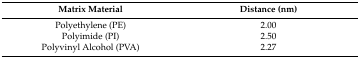
| Matrix Material | Distance (nm) |
 | --- | --- |
 | Polyethylene (PE) | 2.00 |
 | Polyimide (PI) | 2.50 |
 | Polyvinyl Alcohol (PVA) | 2.27 |